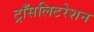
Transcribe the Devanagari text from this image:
ट्राँसलिटरेशन